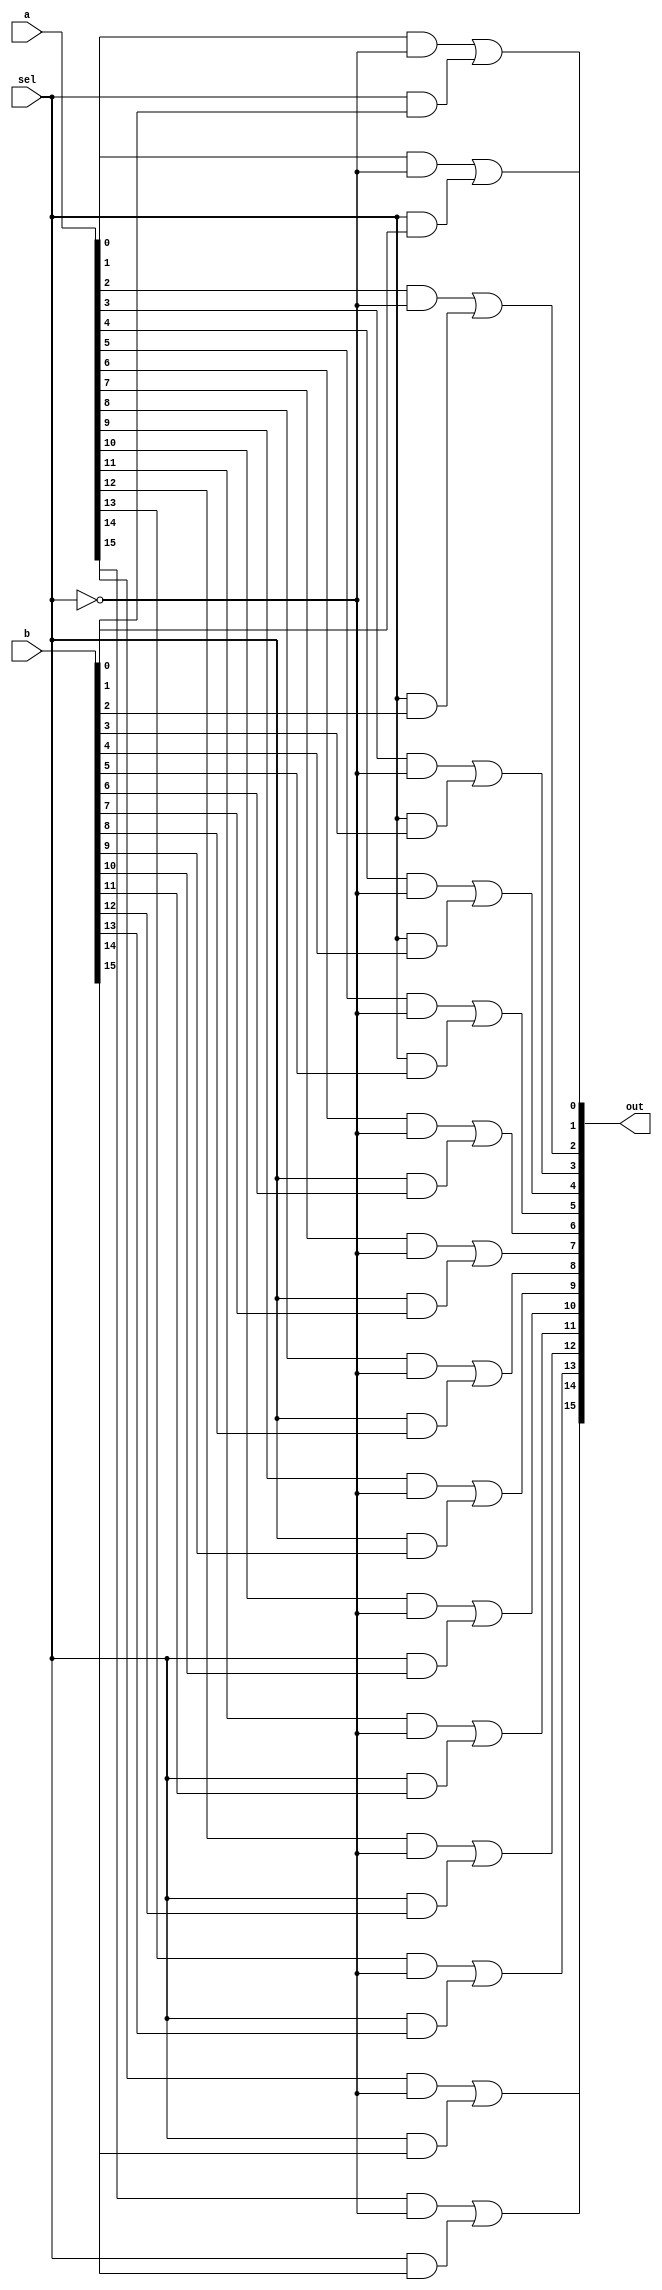
/* mdulo Mux16 */

`ifndef _Mux16_
`define _Mux16_

module Mux16(out, a, b, sel);
    input sel;
    input [15:0] a, b;

    wire not_sel;
    wire [15:0] a1, b1;

    output [15:0] out;

    not (not_sel, sel);
    
    and (a1[0], a[0], not_sel);
    and (b1[0], sel, b[0]);
    or (out[0], a1[0], b1[0]);

    and (a1[1], a[1], not_sel);
    and (b1[1], sel, b[1]);
    or (out[1], a1[1], b1[1]);

    and (a1[2], a[2], not_sel);
    and (b1[2], sel, b[2]);
    or (out[2], a1[2], b1[2]);

    and (a1[3], a[3], not_sel);
    and (b1[3], sel, b[3]);
    or (out[3], a1[3], b1[3]);

    and (a1[4], a[4], not_sel);
    and (b1[4], sel, b[4]);
    or (out[4], a1[4], b1[4]);

    and (a1[5], a[5], not_sel);
    and (b1[5], sel, b[5]);
    or (out[5], a1[5], b1[5]);

    and (a1[6], a[6], not_sel);
    and (b1[6], sel, b[6]);
    or (out[6], a1[6], b1[6]);

    and (a1[7], a[7], not_sel);
    and (b1[7], sel, b[7]);
    or (out[7], a1[7], b1[7]);

    and (a1[8], a[8], not_sel);
    and (b1[8], sel, b[8]);
    or (out[8], a1[8], b1[8]);

    and (a1[9], a[9], not_sel);
    and (b1[9], sel, b[9]);
    or (out[9], a1[9], b1[9]);

    and (a1[10], a[10], not_sel);
    and (b1[10], sel, b[10]);
    or (out[10], a1[10], b1[10]);

    and (a1[11], a[11], not_sel);
    and (b1[11], sel, b[11]);
    or (out[11], a1[11], b1[11]);

    and (a1[12], a[12], not_sel);
    and (b1[12], sel, b[12]);
    or (out[12], a1[12], b1[12]);

    and (a1[13], a[13], not_sel);
    and (b1[13], sel, b[13]);
    or (out[13], a1[13], b1[13]);

    and (a1[14], a[14], not_sel);
    and (b1[14], sel, b[14]);
    or (out[14], a1[14], b1[14]);

    and (a1[15], a[15], not_sel);
    and (b1[15], sel, b[15]);
    or (out[15], a1[15], b1[15]);

endmodule

`endif